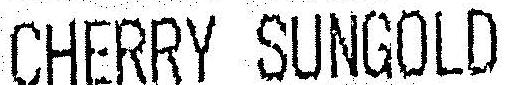
CHERRY SUNGOLD